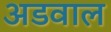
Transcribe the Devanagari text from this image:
अडवाल